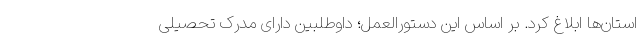
استان‌ها ابلاغ کرد. بر اساس این دستورالعمل؛ داوطلبین دارای مدرک تحصیلی